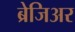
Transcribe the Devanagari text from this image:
ब्रेजिअर